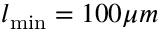
l _ { \operatorname* { m i n } } = 1 0 0 \mu m